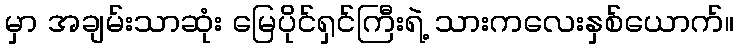
မှာ အချမ်းသာဆုံး မြေပိုင်ရှင်ကြီးရဲ့ သားကလေးနှစ်ယောက်။